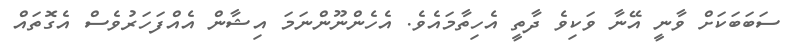
ސަބަބަކަށް ވާނީ އޭނާ ވަކިވެ ދާތީ އެހިތާމައެވެ. އެހެންނޫންނަމަ އިޝާން އެއްފަހަރުވެސް އެގޮތައް